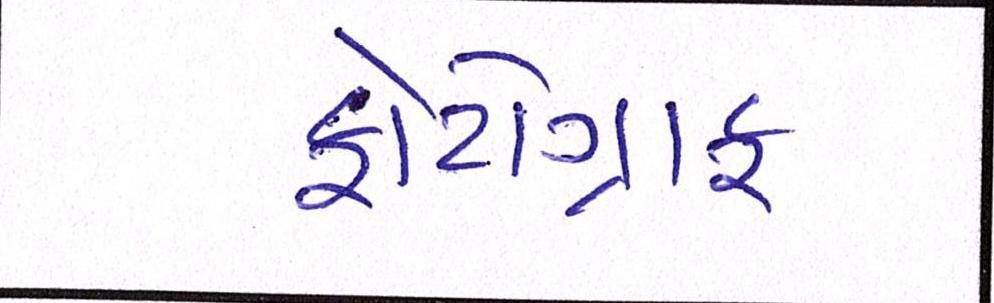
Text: ફોટોગ્રાફ